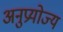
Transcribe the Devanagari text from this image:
अनुप्रयोज्य